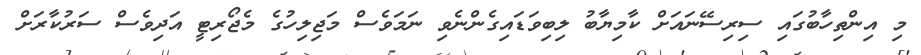
މި އިންތިހާބުގައި ސިރިސޭނައަށް ކާމިޔާބު ލިބިވަޑައިގެންނެވި ނަަމަވެސް މަޖިލިހުގެ މެޖޯރިޓީ އަދިވެސް ސަރުކާރަށް